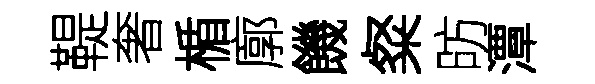
鞮奢楯廓饑粲昉潭